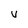
Character: V